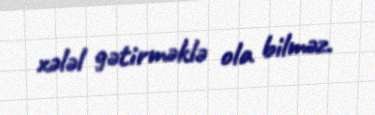
xələl gətirməklə ola bilməz.